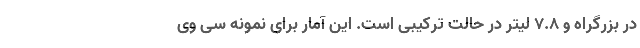
در بزرگراه و 7.8 لیتر در حالت ترکیبی است. این آمار برای نمونه سی وی